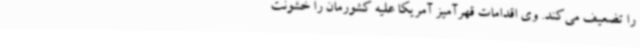
را تضعیف می‌کند. وی اقدامات قهرآمیز آمریکا علیه کشورمان را خشونت